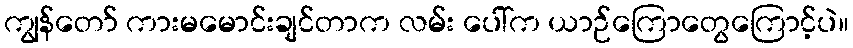
ကျွန်တော် ကားမမောင်းချင်တာက လမ်း ပေါ်က ယာဉ်ကြောတွေကြောင့်ပဲ။